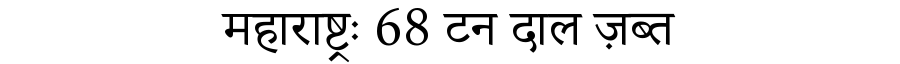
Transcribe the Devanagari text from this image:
महाराष्ट्रः 68 टन दाल ज़ब्त